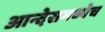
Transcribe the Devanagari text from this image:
आन्देसमध्येच